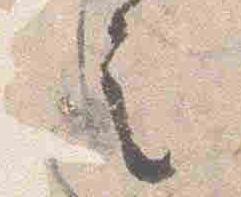
之